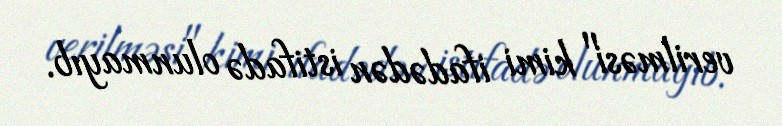
verilməsi" kimi ifadədən istifadə olunmayıb.